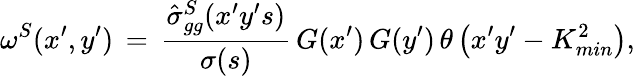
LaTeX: \omega^{S}(x^{\prime},y^{\prime})\, =\, \frac{\hat{\sigma}_{gg}^{S}(x^{\prime}y^{\prime}s)}{\sigma(s)}\, G(x^{\prime})\, G(y^{\prime})\, \theta\left(x^{\prime}y^{\prime}-K_{min}^{2}\right),